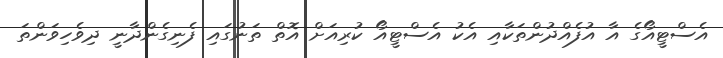
އެސްޓީއޯގެ އާ އުފެއްދުންތަކާއި އެކު އެސްޓީއޯ ކުރިއަށް އޮތް ތަނުގައި ފެނިގެންދާނީ ދިވެހިވަންތަ